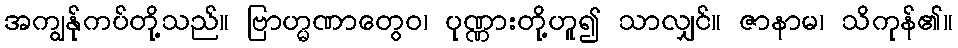
အကျွန်ုကပ်တို့သည်။ ဗြာဟ္မဏာတွေဝ၊ ပုဏ္ဏားတို့ဟူ၍ သာလျှင်။ ဇာနာမ၊ သိကုန်၏။